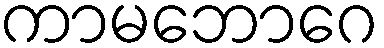
ကာမဘောဂေ